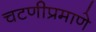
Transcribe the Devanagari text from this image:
चटणीप्रमाणे